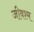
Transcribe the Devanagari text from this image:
जीवश्म